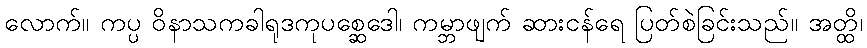
လောက်။ ကပ္ပ ဝိနာသကခါရုဒကုပစ္ဆေဒေါ၊ ကမ္ဘာဖျက် ဆားငန်ရေ ပြတ်စဲခြင်းသည်။ အတ္ထိ၊